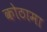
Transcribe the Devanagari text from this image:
कोठामा